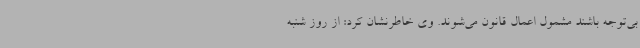
بی‌توجه باشند مشمول اعمال قانون می‌شوند. وی خاطرنشان کرد: از روز شنبه